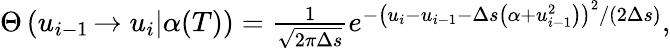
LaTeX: \begin{array}{r}{\Theta\left(u_{i-1}\left.\rightarrow u_{i}\right|\alpha(T)\right)=\frac{1}{\sqrt{2\pi\Delta s}}e^{-\left(u_{i}-u_{i-1}-\Delta s\left(\alpha+u_{i-1}^{2}\right)\right)^{2}/\left(2\Delta s\right)},}\end{array}